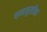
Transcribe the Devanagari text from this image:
चन्दमुखीका